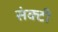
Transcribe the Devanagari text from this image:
संक्टी